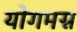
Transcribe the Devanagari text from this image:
योगमग्न